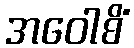
အဝေါစိံ